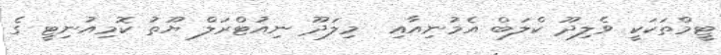
ޓީމްތަކަކީ ވެލިދޫ ކްލަބް އެމުނިއާއި  މިލަދޫ ނިއުޓްރަލް ޔޫތު ކޮމިއުނިޓީ ގެ